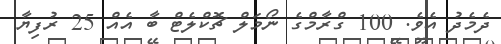
ދެމެދު އެވެ. 100 ގްރާމްގެ ނޯމަލް ޗޮކްލެޓް ބާ އެއް 25 ރުފިޔާ